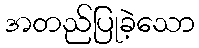
အတည်ပြုခဲ့သော